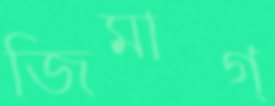
জিমাগ্